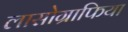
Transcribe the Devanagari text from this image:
लासोग्राफिया